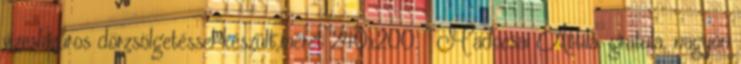
vizeslazúros dörzsölgetéssel készült,méret 240x200. " Madocsai Attila, gratula, nagyon